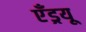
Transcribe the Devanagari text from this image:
एँड्रयू